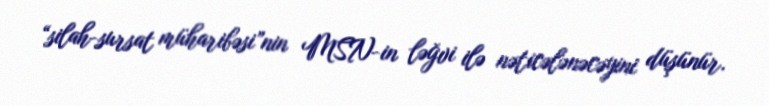
“silah-sursat müharibəsi”nin MSN-in ləğvi ilə nəticələnəcəyini düşünür.